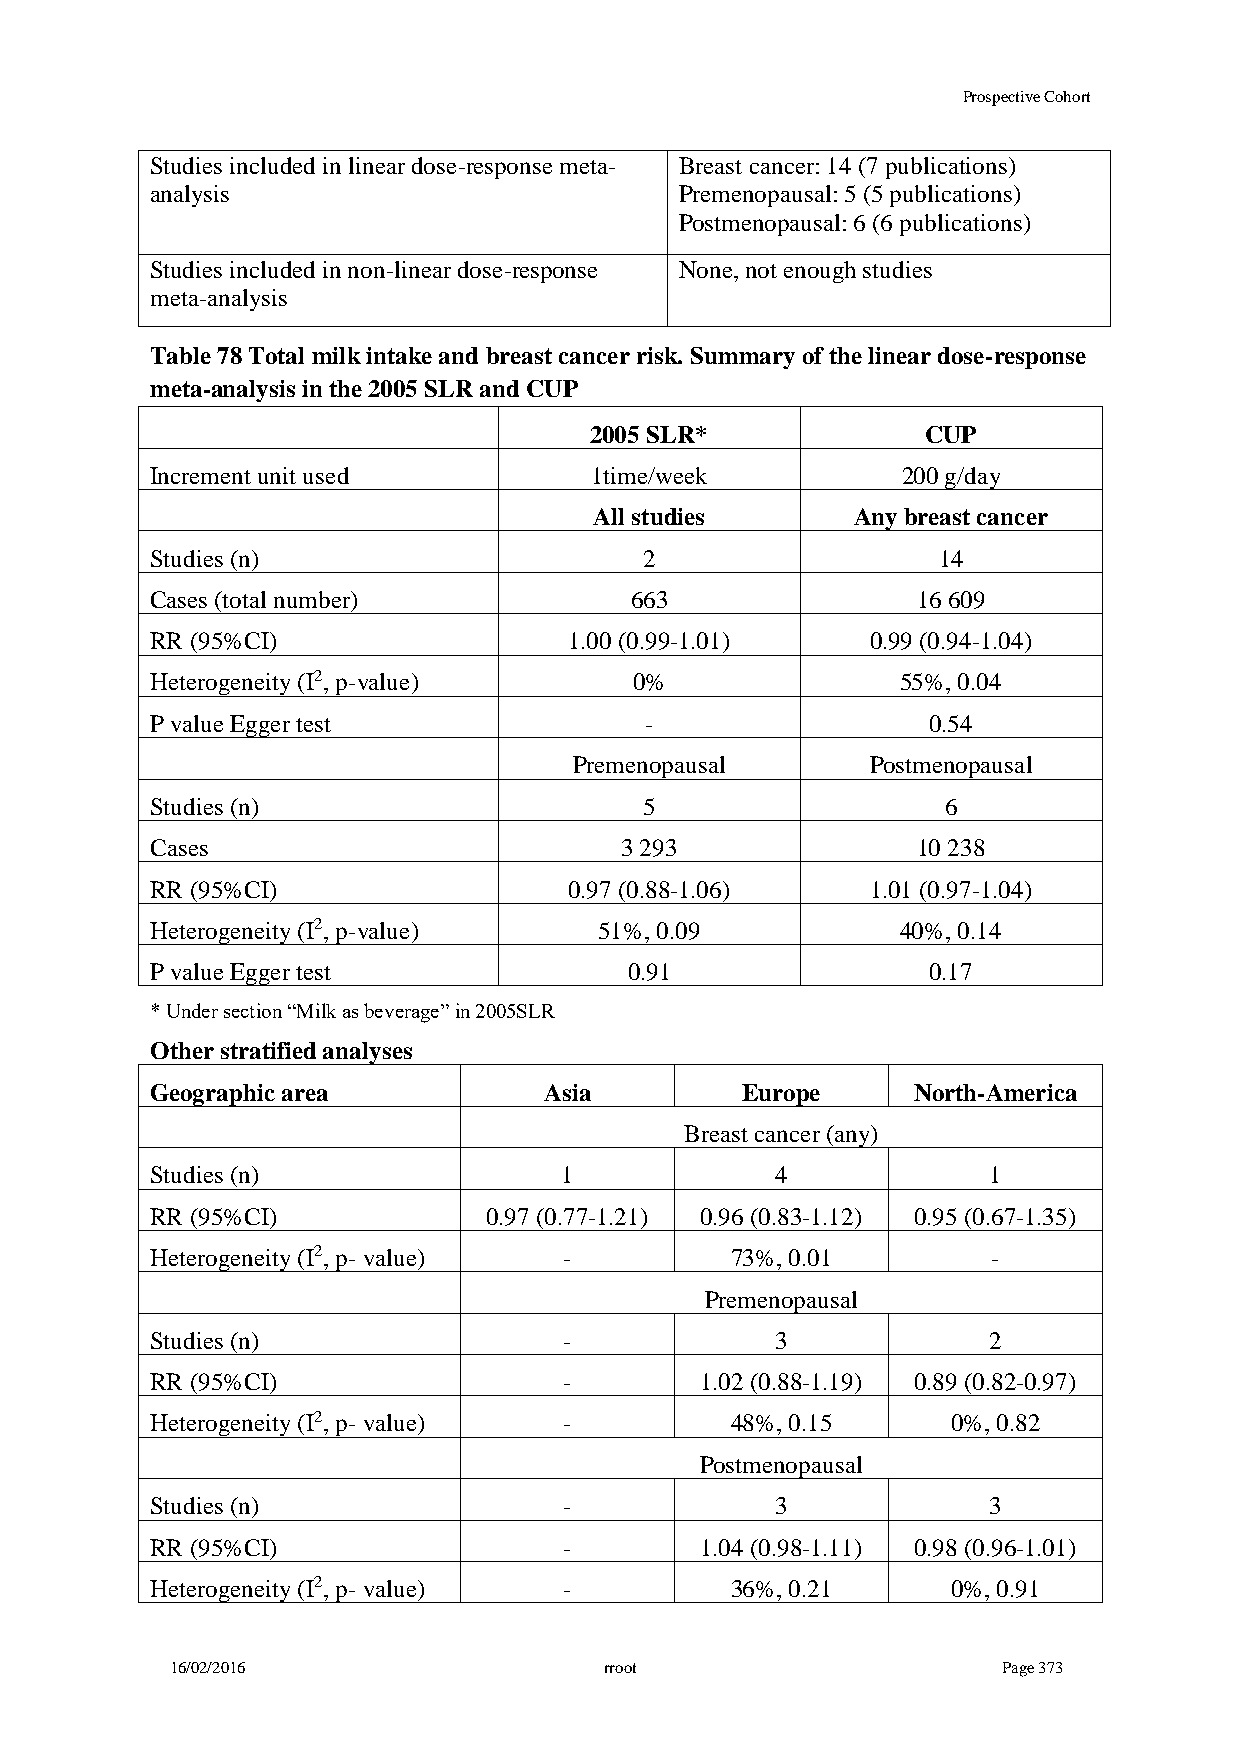
Prospective Cohort
 Studies included in linear dose-response meta- Breast cancer: 14 (7 publications)
 analysis                           Premenopausal: 5 (5 publications)
 Postmenopausal: 6 (6 publications)
 Studies included in non-linear dose-response None, not enough studies
 meta-analysis
 Table 78 Total milk intake and breast cancer risk. Summary of the linear dose-response
 meta-analysis in the 2005 SLR and CUP
 2005 SLR*             CUP
 Increment unit used          1time/week           200 g/day
 All studies      Any breast cancer
 Studies (n)                      2                  14
 Cases (total number)            663                16 609
 RR (95%CI)                  1.00 (0.99-1.01)    0.99 (0.94-1.04)
 Heterogeneity (I2, p-value)     0%                55%, 0.04
 P value Egger test               -                 0.54
 Premenopausal       Postmenopausal
 Studies (n)                      5                   6
 Cases                          3 293               10 238
 RR (95%CI)                  0.97 (0.88-1.06)    1.01 (0.97-1.04)
 Heterogeneity (I2, p-value)   51%, 0.09           40%, 0.14
 P value Egger test              0.91               0.17
 * Under section “Milk as beverage” in 2005SLR
 Other stratified analyses
 Geographic area           Asia         Europe     North-America
 Breast cancer (any)
 Studies (n)                1             4             1
 RR (95%CI)            0.97 (0.77-1.21) 0.96 (0.83-1.12) 0.95 (0.67-1.35)
 Heterogeneity (I2, p- value) -        73%, 0.01         -
 Premenopausal
 Studies (n)                -             3             2
 RR (95%CI)                 -        1.02 (0.88-1.19) 0.89 (0.82-0.97)
 Heterogeneity (I2, p- value) -        48%, 0.15      0%, 0.82
 Postmenopausal
 Studies (n)                -             3             3
 RR (95%CI)                 -        1.04 (0.98-1.11) 0.98 (0.96-1.01)
 Heterogeneity (I2, p- value) -        36%, 0.21      0%, 0.91
 16/02/2016                   rroot                     Page 373